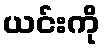
ယင်းကို